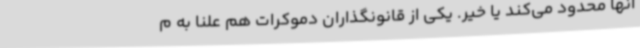
آنها محدود می‌کند یا خیر. یکی از قانونگذاران دموکرات هم علنا به م